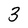
Character: 3